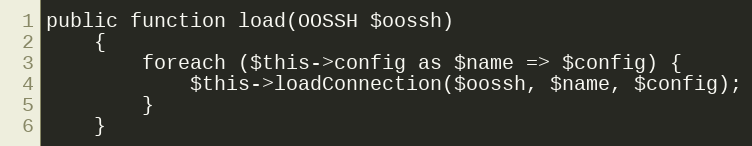
Language: PHP
public function load(OOSSH $oossh)
    {
        foreach ($this->config as $name => $config) {
            $this->loadConnection($oossh, $name, $config);
        }
    }